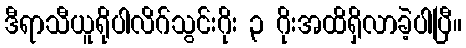
ဒီရာသီယူရိုပါလိဂ်သွင်းဂိုး ၃ ဂိုးအထိရှိလာခဲ့ပါပြီ။